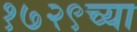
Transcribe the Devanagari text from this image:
१७२९च्या